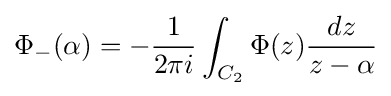
\Phi _{-}(\alpha )=-{\frac {1}{2\pi i}}\int _{C_{2}}\Phi (z){\frac {dz}{z-\alpha }}